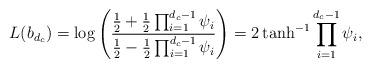
LaTeX: \begin{align*} L(b_{d_c})&=\log\left(\frac{\frac{1}{2}+\frac{1}{2}\prod_{i=1}^{d_c-1}\psi_i}{\frac{1}{2}-\frac{1}{2}\prod_{i=1}^{d_c-1}\psi_i}\right) =2\tanh^{-1}\prod_{i=1}^{d_c-1}\psi_i,\end{align*}